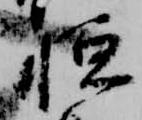
恒